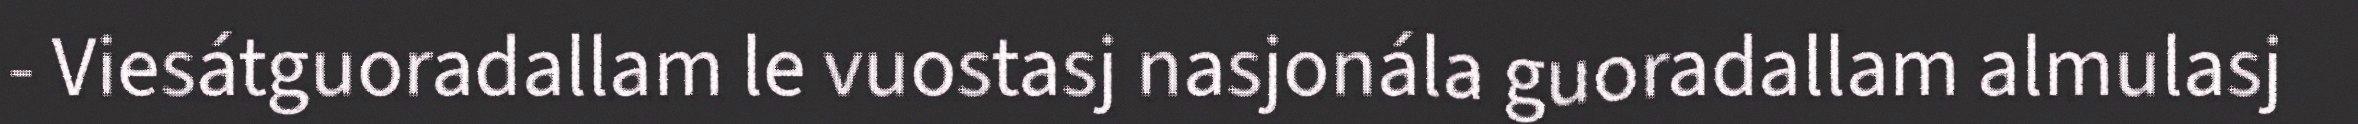
- Viesátguoradallam le vuostasj nasjonála guoradallam almulasj